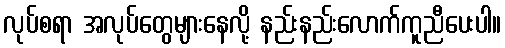
လုပ်စရာ အလုပ်တွေများနေလို့ နည်းနည်းလောက်ကူညီပေးပါ။